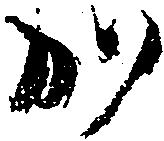
か